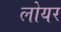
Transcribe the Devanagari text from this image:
लोयर